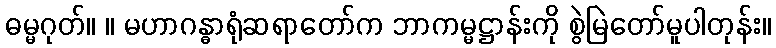
ဓမ္မဂုတ်။ ။ မဟာဂန္ဓာရုံဆရာတော်က ဘာကမ္မဋ္ဌာန်းကို စွဲမြဲတော်မူပါတုန်း။